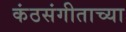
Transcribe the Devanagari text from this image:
कंठसंगीताच्या